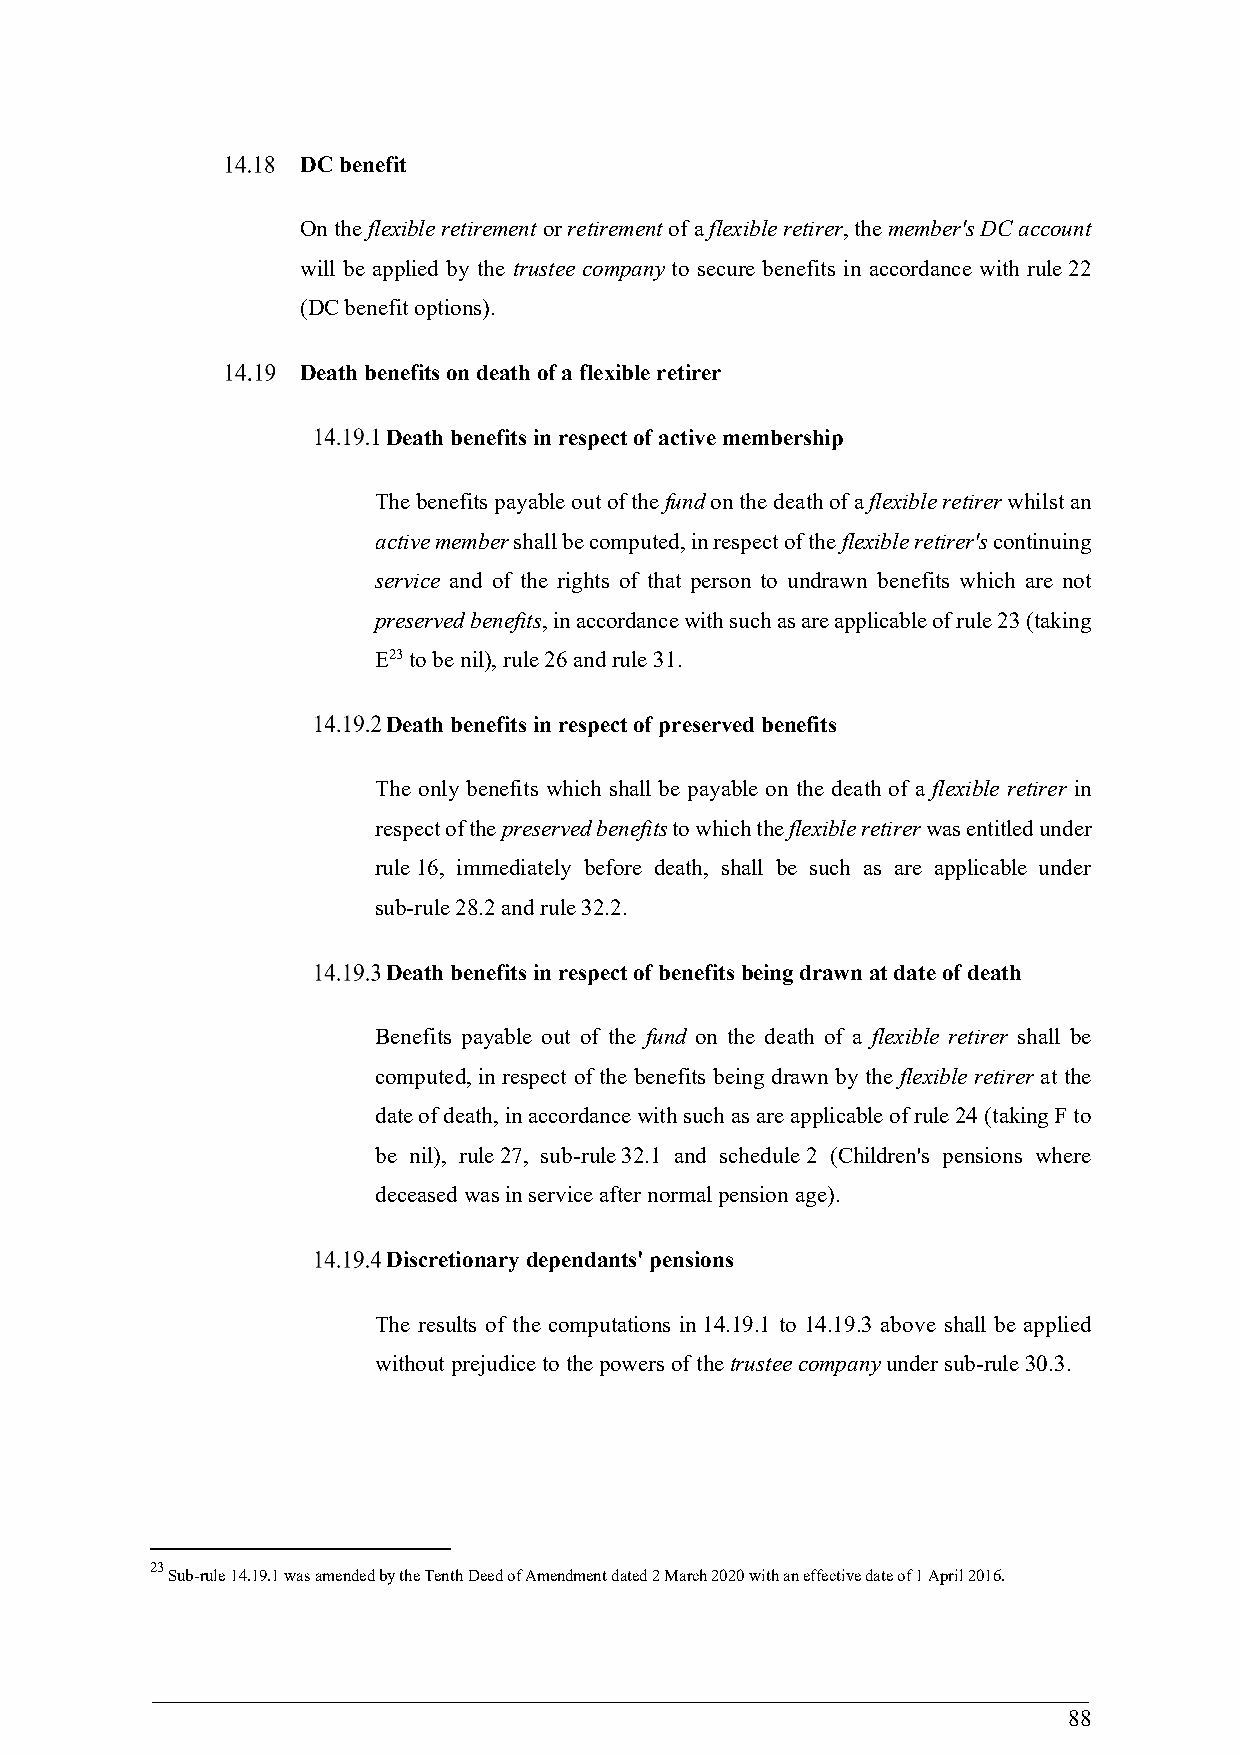
DC benefit
 On the flexible retirement or retirement of a flexible retirer, the member's DC account
 will be applied by the trustee company to secure benefits in accordance with rule 22
 (DC benefit options).
 Death benefits on death of a flexible retirer
 Death benefits in respect of active membership
 The benefits payable out of the fund on the death of a flexible retirer whilst an
 active member shall be computed, in respect of the flexible retirer's continuing
 service and of the rights of that person to undrawn benefits which are not
 preserved benefits, in accordance with such as are applicable of rule 23 (taking
 E23 to be nil), rule 26 and rule 31.
 Death benefits in respect of preserved benefits
 The only benefits which shall be payable on the death of a flexible retirer in
 respect of the preserved benefits to which the flexible retirer was entitled under
 rule 16, immediately before death, shall be such as are applicable under
 sub-rule 28.2 and rule 32.2.
 Death benefits in respect of benefits being drawn at date of death
 Benefits payable out of the fund on the death of a flexible retirer shall be
 computed, in respect of the benefits being drawn by the flexible retirer at the
 date of death, in accordance with such as are applicable of rule 24 (taking F to
 be nil), rule 27, sub-rule 32.1 and schedule 2 (Children's pensions where
 deceased was in service after normal pension age).
 Discretionary dependants' pensions
 The results of the computations in 14.19.1 to 14.19.3 above shall be applied
 without prejudice to the powers of the trustee company under sub-rule 30.3.
 23
 Sub-rule 14.19.1 was amended by the Tenth Deed of Amendment dated 2 March 2020 with an effective date of 1 April 2016.
 88